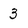
Character: 3